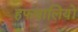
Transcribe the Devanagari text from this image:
हफथालियों